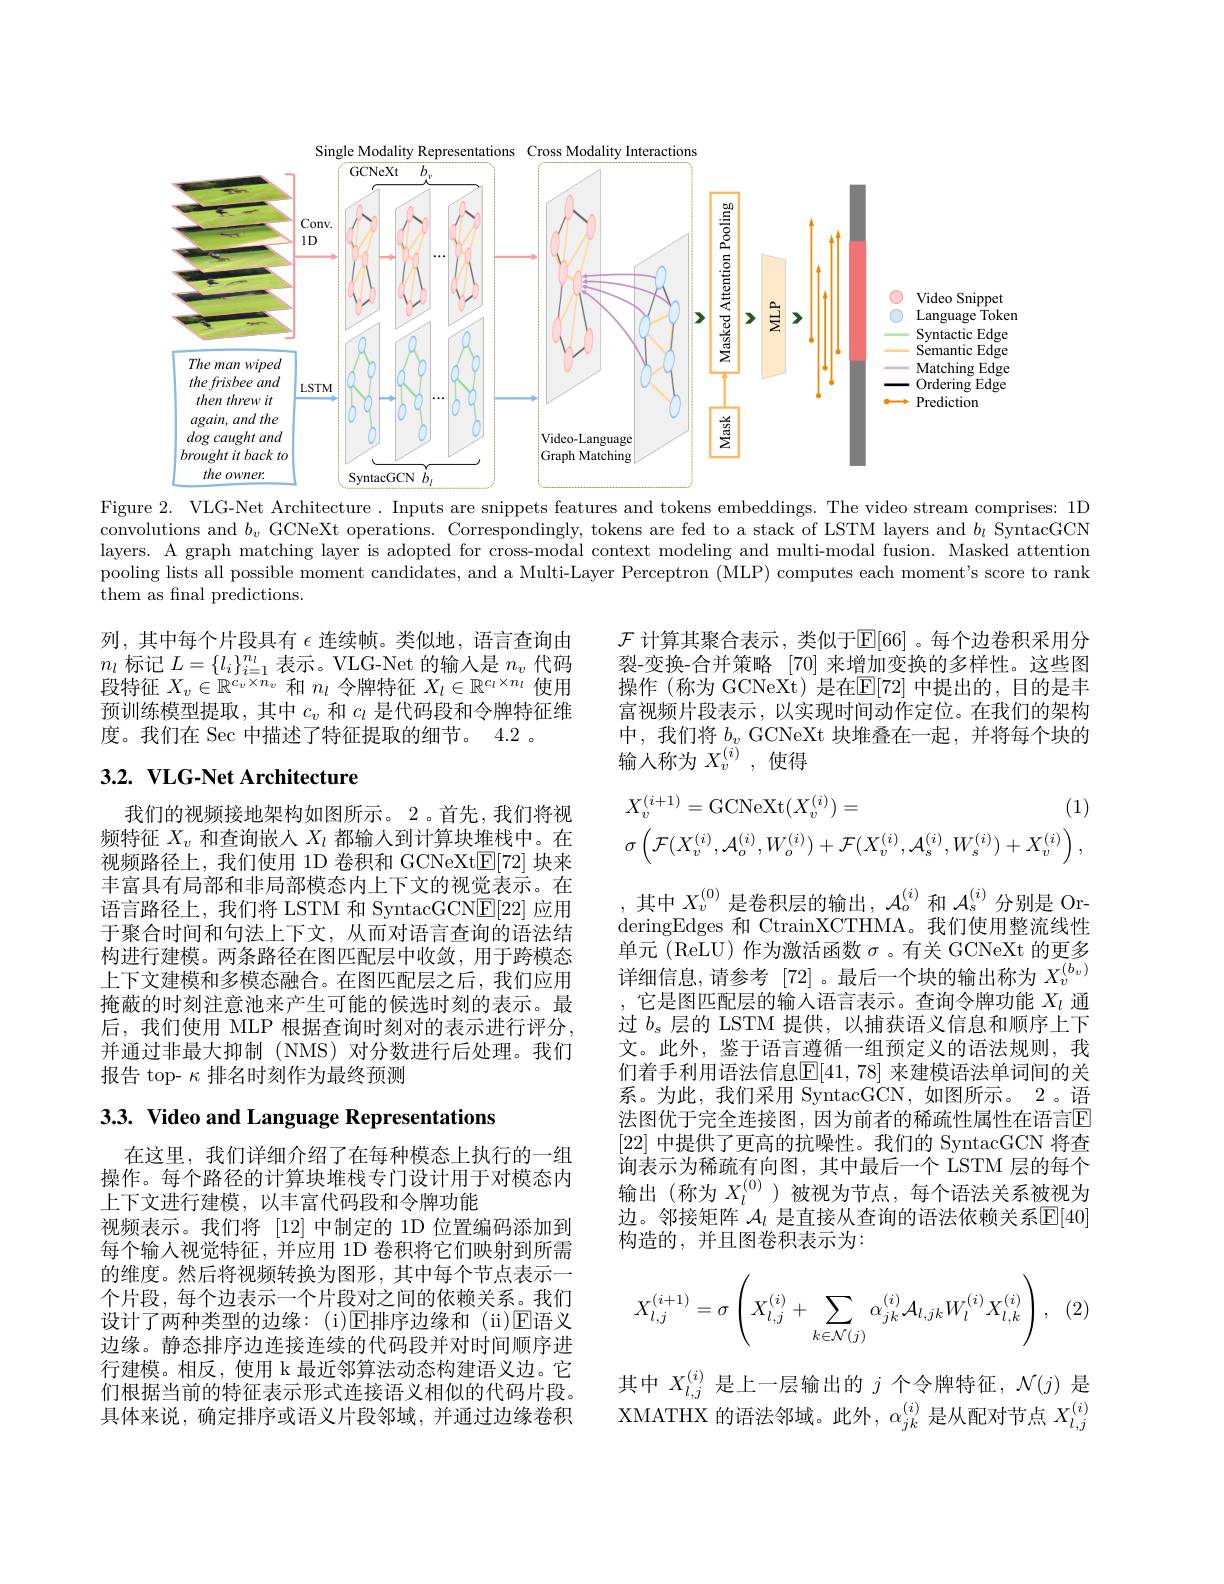
<FigureHere>
Figure 2. VLG-Net Architecture. Inputs are snippets features and tokens embeddings. The video stream comprises: 1D

convolutions and $b_v$ GCNeXt operations. Correspondingly, tokens are fed to a stack of LSTM layers and $b_\iota$ SyntacGCN layers. A graph matching layer is adopted for cross-modal context modeling and multi-modal fusion. Masked attention pooling lists all possible moment candidates, and a Multi-Layer Perceptron ( MLP) computes each moment's score to rank them as final predictions.

列，其中每个片段具有$\epsilon$连续帧。类似地，语言查询由$n_l$标记$L=\{l_i\}_i=1^n$表示。VLG-Net 的输入是$n_v$代码段特征$X_v\in\mathbb{R}^{c_v\times n_v}$和$n_l$令牌特征$X_l\in\mathbb{R}^{c_l\times n_l}$使用预训练模型提取，其中$c_v$和$c_l$是代码段和令牌特征维度。我们在 Sec 中描述了特征提取的细节。4.2 。

$\mathcal{F}$ 计算其聚合表示，类似于$\mathbb{E}[66]$。每个边卷积采用分裂-变换-合并策略 [70] 来增加变换的多样性。这些图操作 (称为 GCNeXt) 是在$\mathbb{E}[72]$ 中提出的，目的是丰富视频片段表示，以实现时间动作定位。在我们的架构中，我们将$b_v$ GCNeXt 块堆叠在一起，并将每个块的输入称为$X_v^{(i)}$ ,使得

## 3.2. VLG-Net Architecture
$$X_{v}^{(i+1)}=\mathrm{GCNeXt}(X_{v}^{(i)})=(1)\\\sigma\left(\mathcal{F}(X_{v}^{(i)},\mathcal{A}_{o}^{(i)},W_{o}^{(i)})+\mathcal{F}(X_{v}^{(i)},\mathcal{A}_{s}^{(i)},W_{s}^{(i)})+X_{v}^{(i)}\right),$$
我们的视频接地架构如图所示。2。首先，我们将视频特征$X_v$和查询嵌人$X_l$都输入到计算块堆栈中。在视频路径上，我们使用 1D 卷积和 GCNeXt$\mathbb{E}[72]$块来丰富具有局部和非局部模态内上下文的视觉表示。在语言路径上，我们将 LSTM 和 SyntacGCNE[22]应用于聚合时间和句法上下文，从而对语言查询的语法结构进行建模。两条路径在图匹配层中收敛，用于跨模态上下文建模和多模态融合。在图匹配层之后，我们应用掩蔽的时刻注意池来产生可能的候选时刻的表示。最后，我们使用 MLP 根据查询时刻对的表示进行评分， 并通过非最大抑制(NMS)对分数进行后处理。我们报告 top- $\kappa$排名时刻作为最终预测

其中$X_v^{(0)}$是卷积层的输出，$\mathcal{A}_o^{(i)}$和$\mathcal{A}_s^{(i)}$分别是 OrderingEdges 和 CtrainXCTHMA。我们使用整流线性单元(ReLU)作为激活函数$\sigma$。有关 GCNeXt 的更多详细信息，请参考[72]。最后一个块的输出称为$X_v^{(b_v)}$ ,它是图匹配层的输入语言表示。查询令牌功能$X_l$通过$b_\mathrm{s}$层的 LSTM 提供，以捕获语义信息和顺序上下文。此外，鉴于语言遵循一组预定义的语法规则，我们着手利用语法信息$\mathbb{E}[41,78]$ 来建模语法单词间的关系。为此，我们采用 SyntacGCN,如图所示。2。语法图优于完全连接图，因为前者的稀疏性属性在语言E [22]中提供了更高的抗噪性。我们的 SyntacGCN 将查询表示为稀疏有向图，其中最后一个 LSTM 层的每个输出(称为$X_l^{(0)}$ )被视为节点，每个语法关系被视为边。邻接矩阵 $\mathcal{A}_l$ 是直接从查询的语法依赖关系$\mathbb{E}[40]$ 构造的，并且图卷积表示为：

3.3. Video and Language Representations

在这里，我们详细介绍了在每种模态上执行的一组操作。每个路径的计算块堆栈专门设计用于对模态内上下文进行建模，以丰富代码段和令牌功能
视频表示。我们将[12]中制定的 1D 位置编码添加到每个输人视觉特征，并应用 1D 卷积将它们映射到所需的维度。然后将视频转换为图形，其中每个节点表示一个片段，每个边表示一个片段对之间的依赖关系。我们设计了两种类型的边缘：(i)E排序边缘和(ii)E语义边缘。静态排序边连接连续的代码段并对时间顺序进行建模。相反，使用 k 最近邻算法动态构建语义边。它们根据当前的特征表示形式连接语义相似的代码片段。具体来说，确定排序或语义片段邻域，并通过边缘卷积

(2)
$$X_{l,j}^{(i+1)}=\sigma\left(X_{l,j}^{(i)}+\sum_{k\in\mathcal{N}(j)}\alpha_{jk}^{(i)}\mathcal{A}_{l,jk}W_{l}^{(i)}X_{l,k}^{(i)}\right),$$
其中$X_{l,j}^{(i)}$是上一层输出的$j$个令牌特征，$\mathcal{N}(j)$是XMATHX 的语法邻域。此外，$\alpha_jk^{(i)}$是从配对节点$X_l,j^{(i)}$